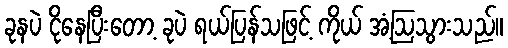
ခုနပဲ ငိုနေပြီးတော့ ခုပဲ ရယ်ပြန်သဖြင့် ကိုယ် အံ့ဩသွားသည်။